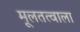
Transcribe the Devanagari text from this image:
मूलतत्वाला